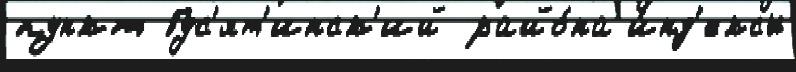
пункт Гус'ят'инск'ий райо́на и́нд'ексы